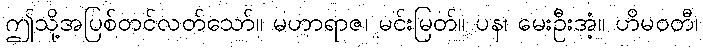
ဤသို့အပြစ်တင်လတ်သော်။ မဟာရာဇ၊ မင်းမြတ်။ ပန၊ မေးဦးအံ့။ ဟိမဝတီ၊